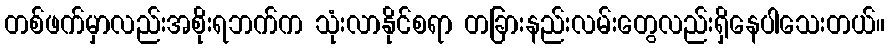
တစ်ဖက်မှာလည်းအစိုးရဘက်က သုံးလာနိုင်စရာ တခြားနည်းလမ်းတွေလည်းရှိနေပါသေးတယ်။